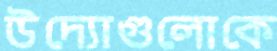
উদ্যোগুলোকে